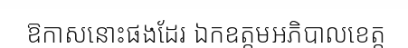
ឱកាសនោះផងដែរ ឯកឧត្តមអភិបាលខេត្ត